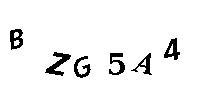
BZG5A4